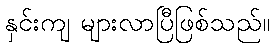
နှင်းကျ များလာပြီဖြစ်သည်။